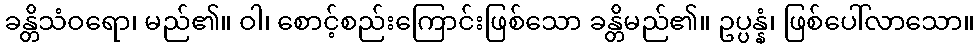
ခန္တိသံဝရော၊ မည်၏။ ဝါ၊ စောင့်စည်းကြောင်းဖြစ်သော ခန္တိမည်၏။ ဥပ္ပန္နံ၊ ဖြစ်ပေါ်လာသော။